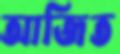
আজিত